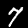
Digit: 7